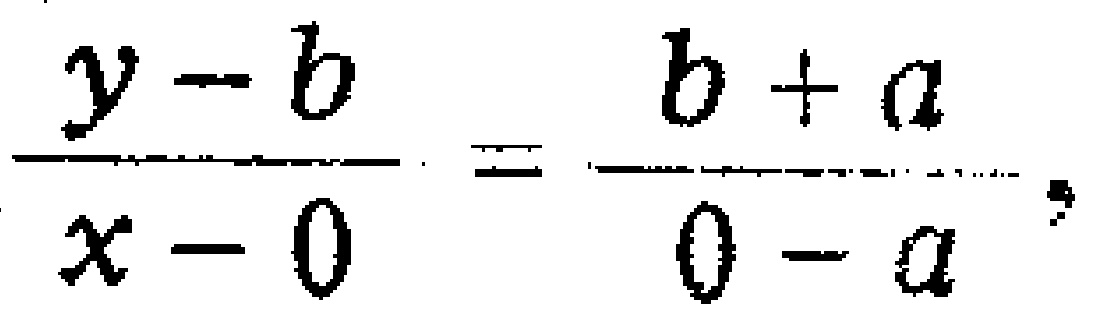
\(\frac{y - b}{x - 0}=\frac{b + a}{0 - a},\)